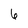
Character: 6